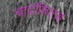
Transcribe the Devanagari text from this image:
चाटफिल्ड